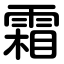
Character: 霜